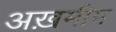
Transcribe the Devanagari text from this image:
अख़मीम